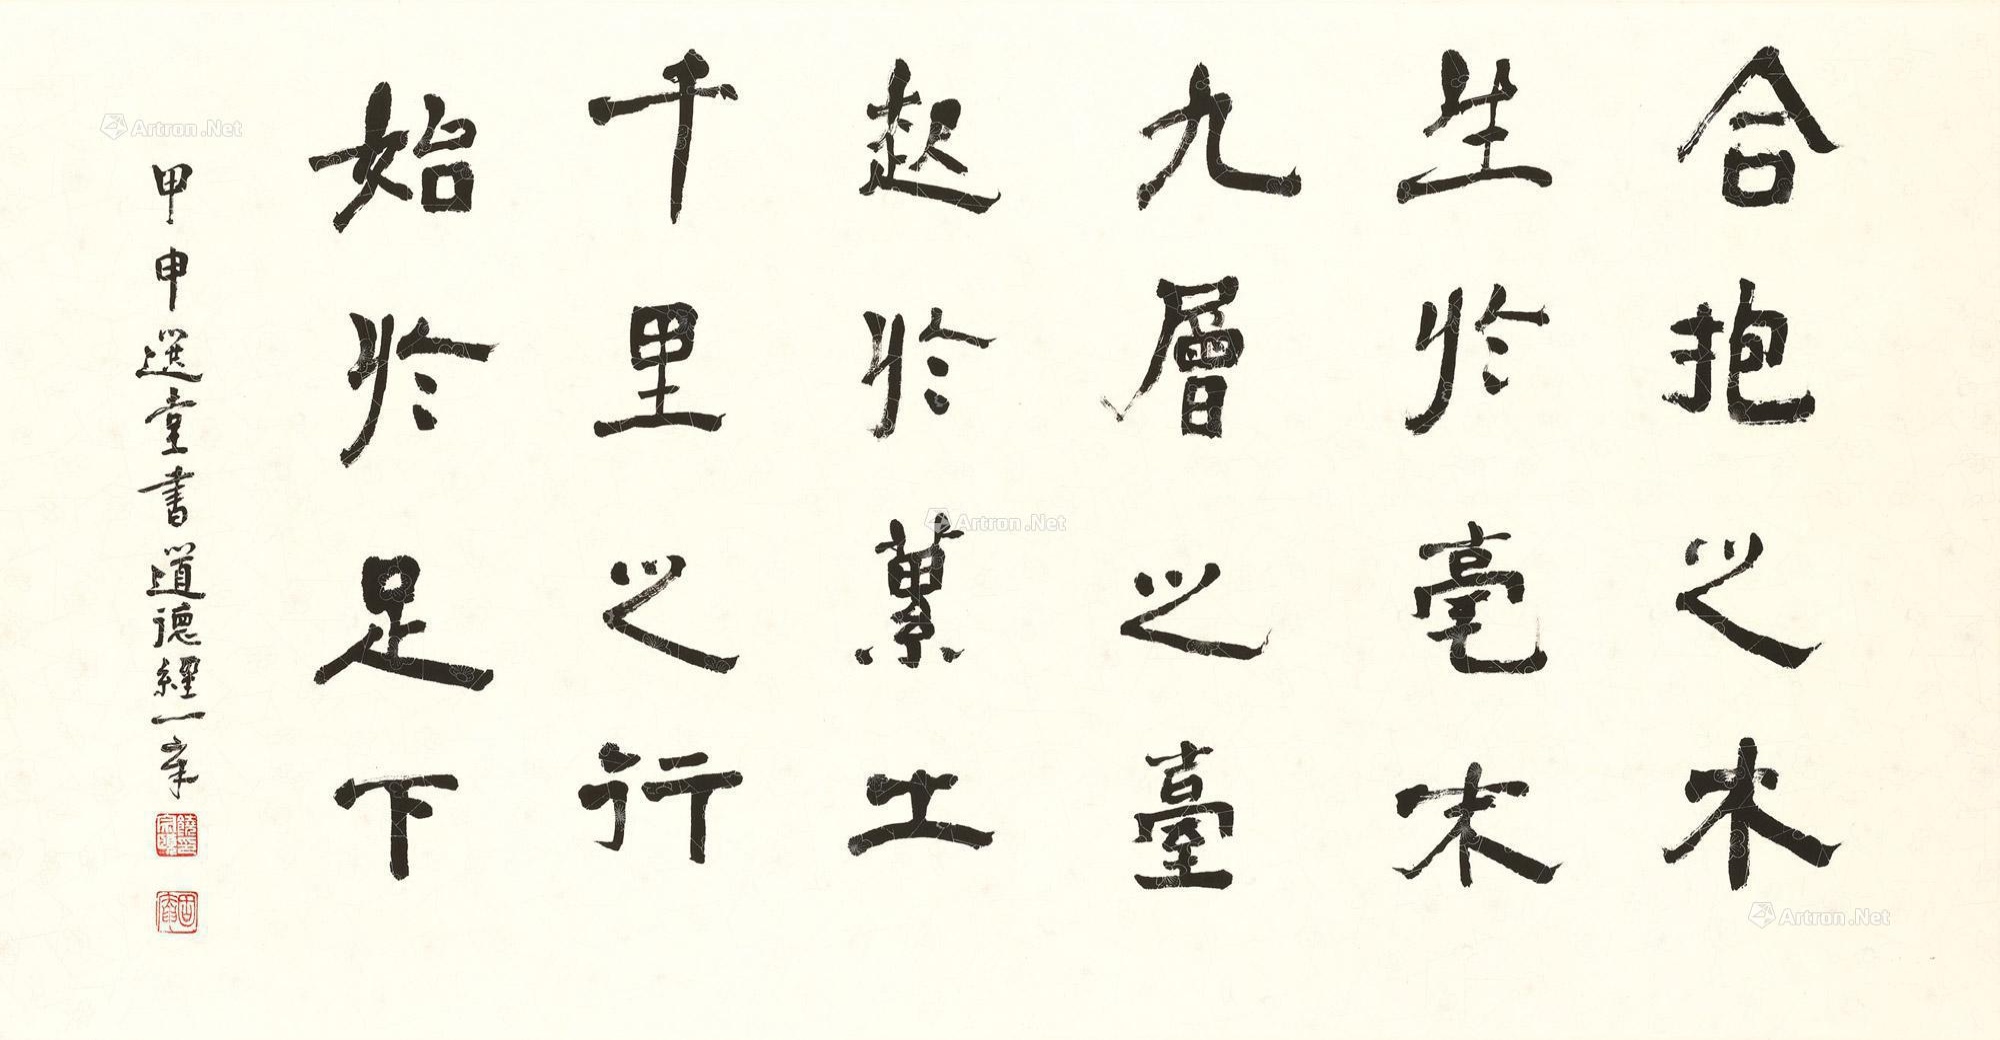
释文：合抱之木，生于毫末；九层之台，起于蔂土；千里之行，始于足下。甲申（2004年）选堂书《道德经》一章。